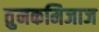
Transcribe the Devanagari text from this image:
तुनकमिजाज